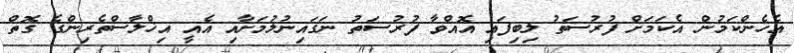
އެހެންކަމުން އެކަމަށް ފުރުސަތު ލިބިފައި އޮއްވާ ފުރުސަތު ނަގައިނުލުމަށާއި އެއީ އިޚްލާސްތެރިންގެ ގޮތް